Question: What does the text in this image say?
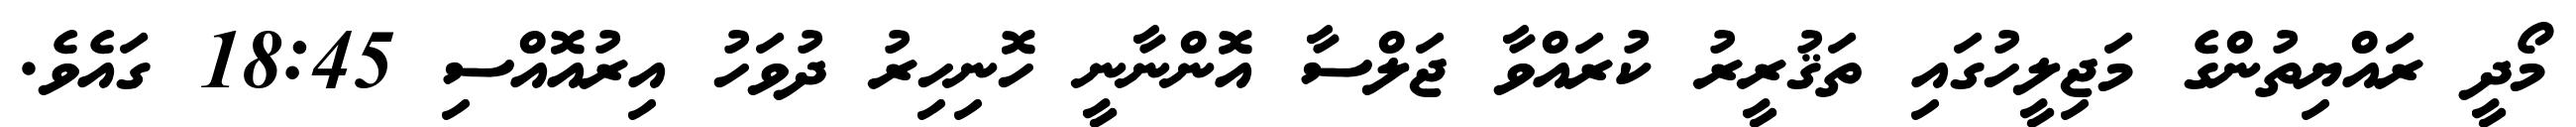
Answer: މޯދީ ރައްޔިތުންގެ މަޖިލީހުގައި ތަޤުރީރު ކުރައްވާ ޖަލްސާ އޮންނާނީ ހޮނިހިރު ދުވަހު އިރުއޮއްސި 18:45 ގައެވެ.